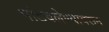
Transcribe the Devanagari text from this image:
पांडवलेण्यावरून